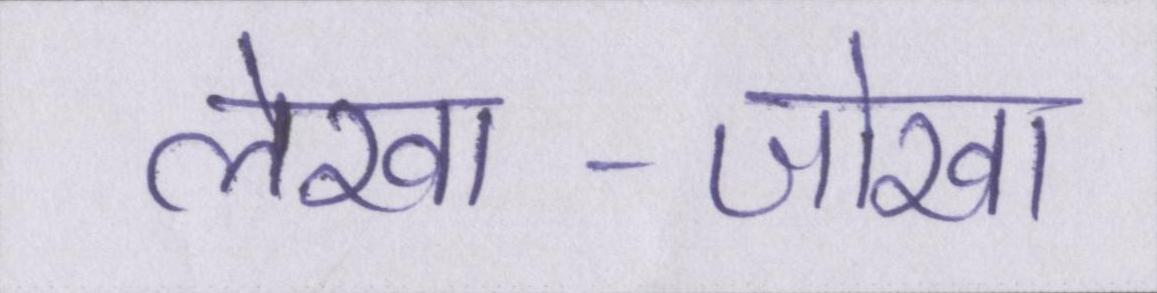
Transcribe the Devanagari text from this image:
लेखा-जोखा